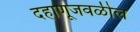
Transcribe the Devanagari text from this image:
दहाणूजवळील